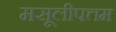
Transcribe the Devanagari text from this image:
मसूलीपत्तम